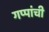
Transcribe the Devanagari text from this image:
गप्पांची